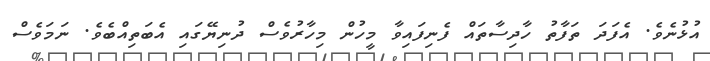
އުޅުނެވެ. އެފަދަ ތަފާތު ހާދިސާތައް ފެނިފައިވާ މީހުން މިހާރުވެސް ދުނިޔޭގައި އެބަތިއްބެވެ. ނަމަވެސް